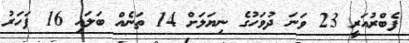
ފެބްރުއަރީ 23 ވަނަ ދުވަހުގެ ނިޔަލަށް 14 ތަނެއް ބަލައި 16 ފަހަރު